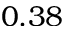
0 . 3 8